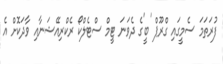
ފުރަތަމަ ސެމީގައި ގްރޫޕް 'ބީ'ގެ ދެވަނަ ޓީމް ސްޓެލްކޯ ރެކްރިއޭޝަނާއި ވާދަކޮށް އެ